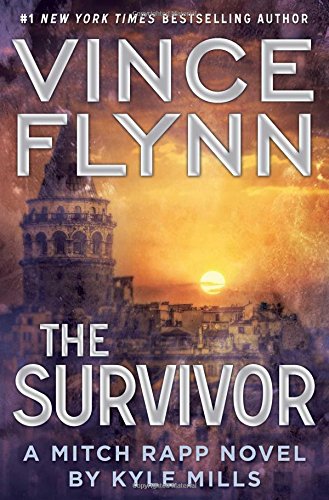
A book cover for The Survivor (A Mitch Rapp Novel); Vince Flynn; Mystery, Thriller & Suspense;